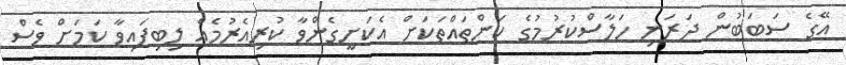
އޭގެ ސަބަބުން ދަރަނި ހަލާސްކުރުމުގެ ކަންތައްތަކަށް އެކަށީގެންވާ ކުރިއެރުމެއް ލިބިފައިވާ ކަމަށް ވެސް